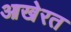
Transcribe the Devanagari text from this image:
आखेरत